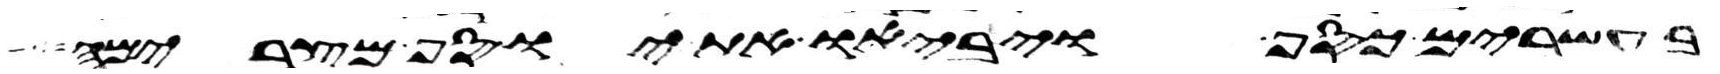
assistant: בעשרים כסף ויביאו את יוסף מצרימה